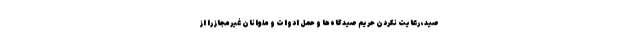
صید، رعایت نکردن حریم صیدگاه‌ها و حمل ادوات و ملوانان غیرمجاز را از